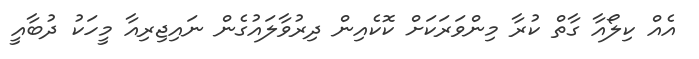
އެއް ކިލޯއާ ގާތް ކުރާ މިންވަރަކަށް ކޮކެއިން ދިރުވާލައުގެން ނައިޖިރިއާ މީހަކު ދުބާއީ